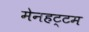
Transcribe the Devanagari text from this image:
मेनहट्टम